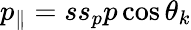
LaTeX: p_{\parallel}=ss_{p}p\cos\theta_{k}